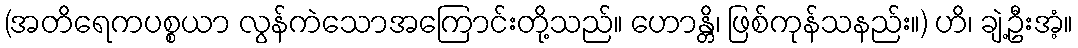
(အတိရေကပစ္စယာ လွန်ကဲသောအကြောင်းတို့သည်။ ဟောန္တိ၊ ဖြစ်ကုန်သနည်း။) ဟိ၊ ချဲ့ဦးအံ့။